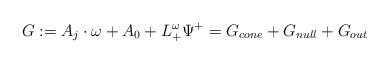
LaTeX: \begin{align*}G:= A_j \cdot \omega+A_0 + L^\omega_{+} \Psi^+ = G_{cone} + G_{null} + G_{out}\end{align*}